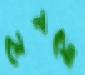
সেলসো